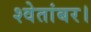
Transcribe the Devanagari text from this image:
श्वेतांबर।